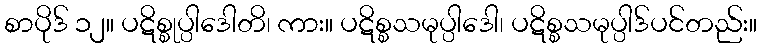
စာပိုဒ် ၁၂။ ပဋိစ္စုပ္ပါဒေါတိ၊ ကား။ ပဋိစ္စသမုပ္ပါဒေါ၊ ပဋိစ္စသမုပ္ပါဒ်ပင်တည်း။